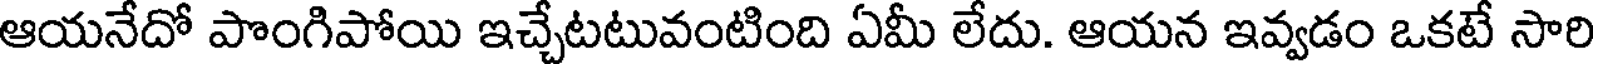
ఆయనేదో పొంగిపోయి ఇచ్చేటటువంటింది ఏమీ లేదు. ఆయన ఇవ్వడం ఒకటే సారి